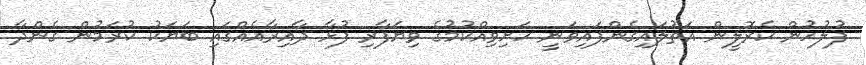
ފުލުހުން ކެރޮލީން އަތުލައިގެންފައިވަނީ ހަށިވިއްކުމުގެ ވިޔަފާރި ފުޅާ ދާއިރާއެއްގައި ބަޔަކު ކުރަމުން ގެންދާ